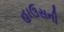
હાઉસની